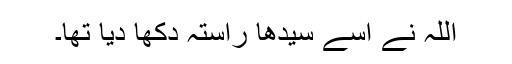
اللہ نے اسے سیدھا راستہ دکھا دیا تھا۔